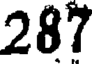
287